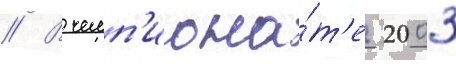
// В чемп'иона́т'е 2003